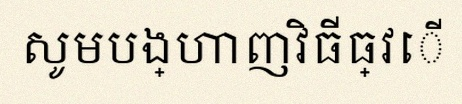
សូមបង្ហាញវិធីធ្វើ